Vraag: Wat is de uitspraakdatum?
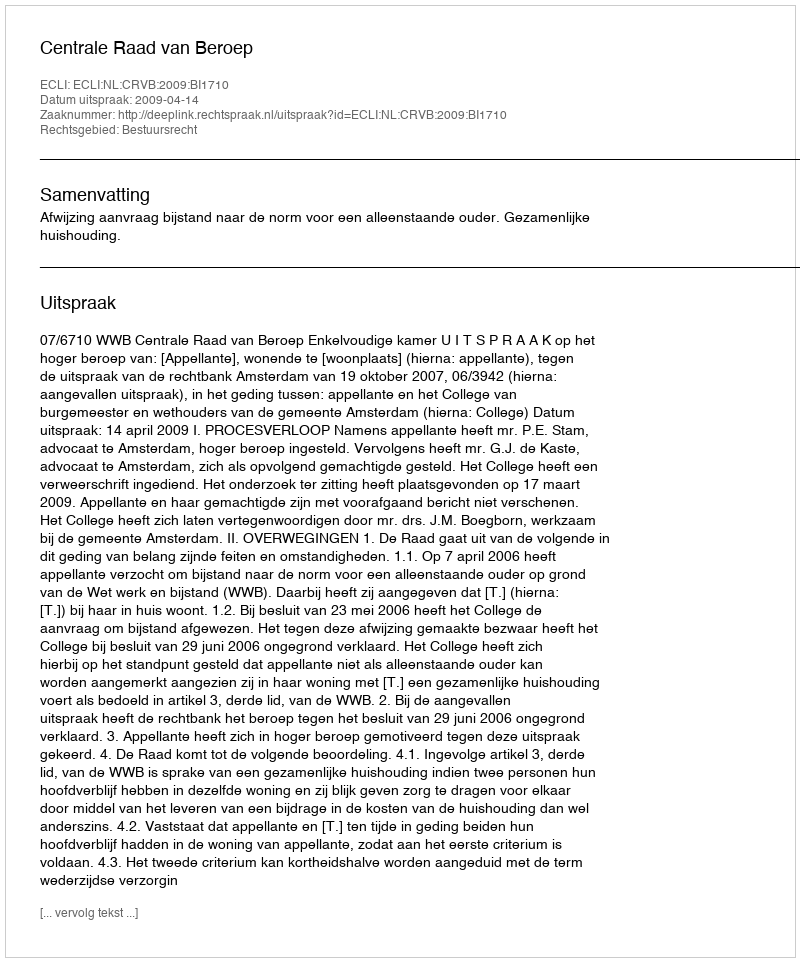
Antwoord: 2009-04-14